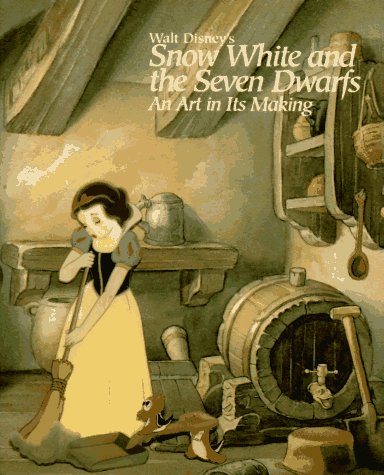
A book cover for Walt Disney's Snow White and the Seven Dwarfs: An Art in Its Making (A Disney Miniature); Martin Krause; Humor & Entertainment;